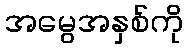
အမွေအနှစ်ကို